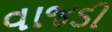
વાજડી